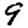
Digit: 9